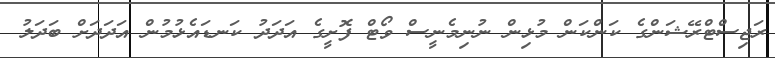
ރަޖިސްޓްރޭޝަންގެ ކަންކަން މުޅިން ނުނިމެނީސް ވޯޓް ފޮށީގެ އަދަދު ކަނޑައެޅުމުން އަދަދަށް ބަދަލު